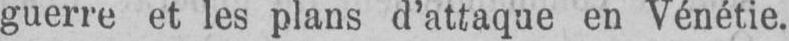
guerre et les plans d’attaque en Vénétie.